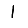
Digit: 1